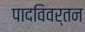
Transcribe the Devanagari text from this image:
पादविवर्तन